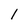
Character: l